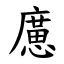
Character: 㢜